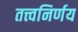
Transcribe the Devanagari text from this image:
तत्त्वनिर्णय